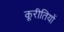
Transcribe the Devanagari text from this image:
कूरीतियों